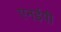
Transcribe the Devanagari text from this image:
एनईपी